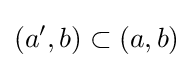
(a',b)\subset (a,b)